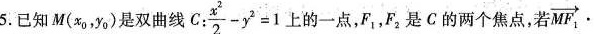
5. 已知M (x_{0},y_{0}) 是双曲线C: $$ \frac { x^{ 2 } } { 2 } - y ^ { 2 } = 1$$ 上的一点，F_{1}，F_{2}是C的两个焦点，若 $$\overrightarrow { MF _ { 1 } } \cdot